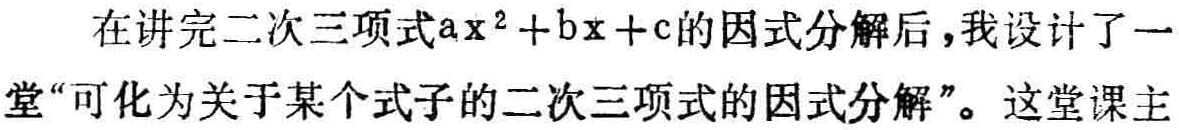
在讲完二次三项式\(ax^{2}+bx + c\)的因式分解后，我设计了一堂“可化为关于某个式子的二次三项式的因式分解”。这堂课主